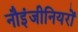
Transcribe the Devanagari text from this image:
नौइंजीनियरों